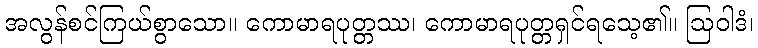
အလွန်စင်ကြယ်စွာသော။ ကောမာရပုတ္တဿ၊ ကောမာရပုတ္တရှင်ရသေ့၏။ ဩဝါဒံ၊